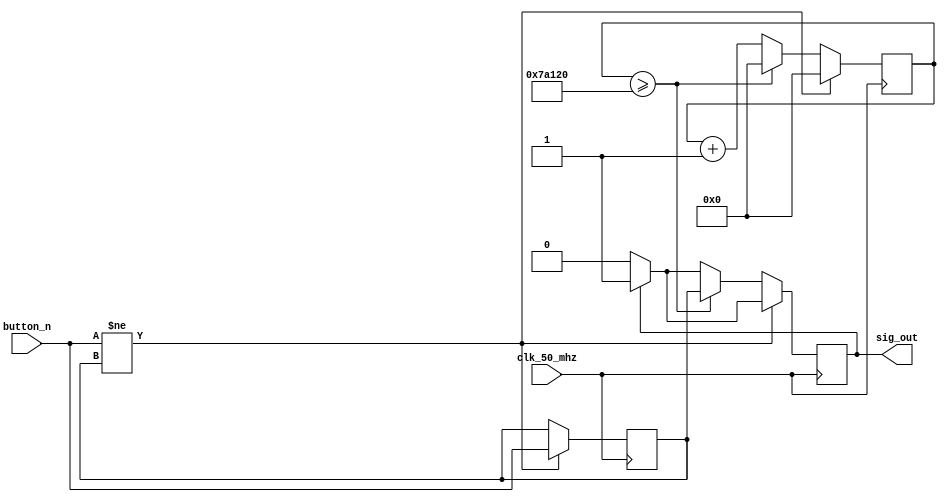
//////////////////////////////////////////////////////////////////////////////////
// Group: 6 
// 
// Two intersection traffic light controller, Debounce module
// 
//////////////////////////////////////////////////////////////////////////////////

module debounce(
  output reg sig_out,   // set output to be a reg to drive more outputs
  input button_n,     //
  input clk_50_mhz    //
);

parameter SETTLE_TIME = 500000;  // adjust as needed (10ms should be good)

reg debounced;
reg [23:0] counter;   // also adjust as needed...

always @(posedge clk_50_mhz) begin
    sig_out <= (sig_out) ? 1 : 0;
    if (button_n != debounced) begin            // if our state has changed
        debounced <= button_n;                  // capture the current input
        counter <= 0;                           // and (re)start the timer
  end else if (counter >= SETTLE_TIME) begin    // times up
        sig_out <= debounced;
        counter <= 0;
  end else begin                                // increment blank time counter
    counter <= counter + 1;
  end
end
endmodule